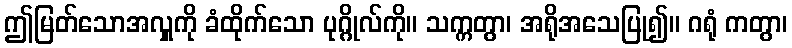
ဤမြတ်သောအလှူကို ခံထိုက်သော ပုဂ္ဂိုလ်ကို။ သက္ကတွာ၊ အရိုအသေပြု၍။ ဂရုံ ကတွာ၊